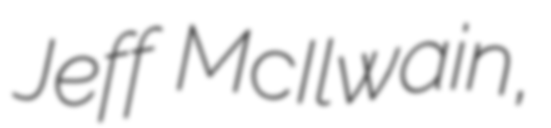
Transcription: Jeff McIlwain,